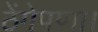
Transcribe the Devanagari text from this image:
ठेंगेपणा।